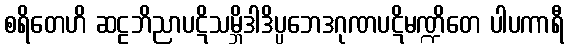
စရိတေဟိ ဆဠဘိညာပဋိသမ္ဘိဒါဒိပ္ပဘေဒဂုဏပဋိမဏ္ဍိတေ ပါပကာရီ